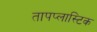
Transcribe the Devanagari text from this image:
तापप्लास्टिक